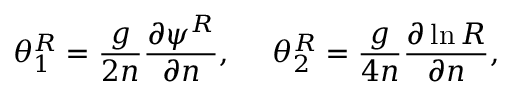
\theta _ { 1 } ^ { R } = \frac { g } { 2 n } \frac { \partial \psi ^ { R } } { \partial n } , \ \ \ \ \theta _ { 2 } ^ { R } = \frac { g } { 4 n } \frac { \partial \ln { R } } { \partial n } ,